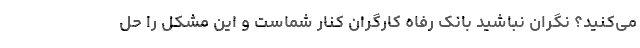
می‌کنید؟ نگران نباشید بانک رفاه کارگران کنار شماست و این مشکل را حل